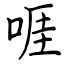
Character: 啀